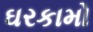
ઘરકામો